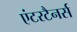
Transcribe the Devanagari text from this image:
एंटरटैनर्स